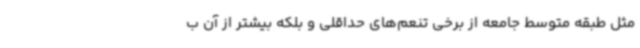
مثل طبقه متوسط جامعه از برخی تنعم‌های حداقلی و بلکه بیشتر از آن ب